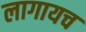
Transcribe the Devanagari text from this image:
लागायच